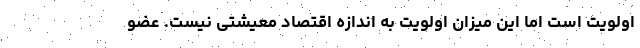
اولویت است اما این میزان اولویت به اندازه اقتصاد معیشتی نیست. عضو